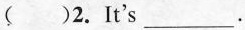
( )2.It's__.